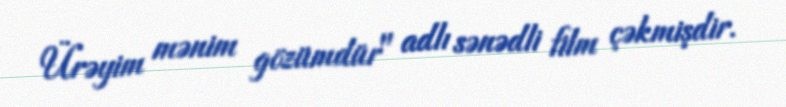
Ürəyim mənim gözümdür" adlı sənədli film çəkmişdir.